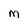
Character: M